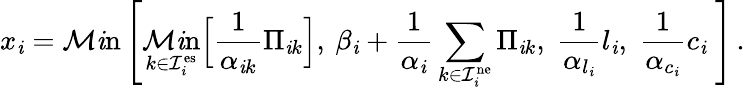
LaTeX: x_{\mathit{i}}=\operatorname*{\mathcal{M}\mathit{i}n}\Bigg[\operatorname*{\mathcal{M}\mathit{i}n}_{k\in\mathcal{{I}}_{\mathit{i}}^{\mathrm{{es}}}}\Big[\frac{{1}}{{\alpha_{\mathit{i}k}}}\Pi_{\mathit{i}k}\Big],\: \beta_{\mathit{i}}+\frac{{1}}{{\alpha_{\mathit{i}}}}\sum_{k\in\mathcal{{I}}_{\mathit{i}}^{\mathrm{{ne}}}}\Pi_{\mathit{i}k},\; \frac{{1}}{{\alpha_{l_{\mathit{i}}}}}l_{\mathit{i}},\; \frac{{1}}{{\alpha_{c_{\mathit{i}}}}}c_{\mathit{i}}\; \Bigg]\, .